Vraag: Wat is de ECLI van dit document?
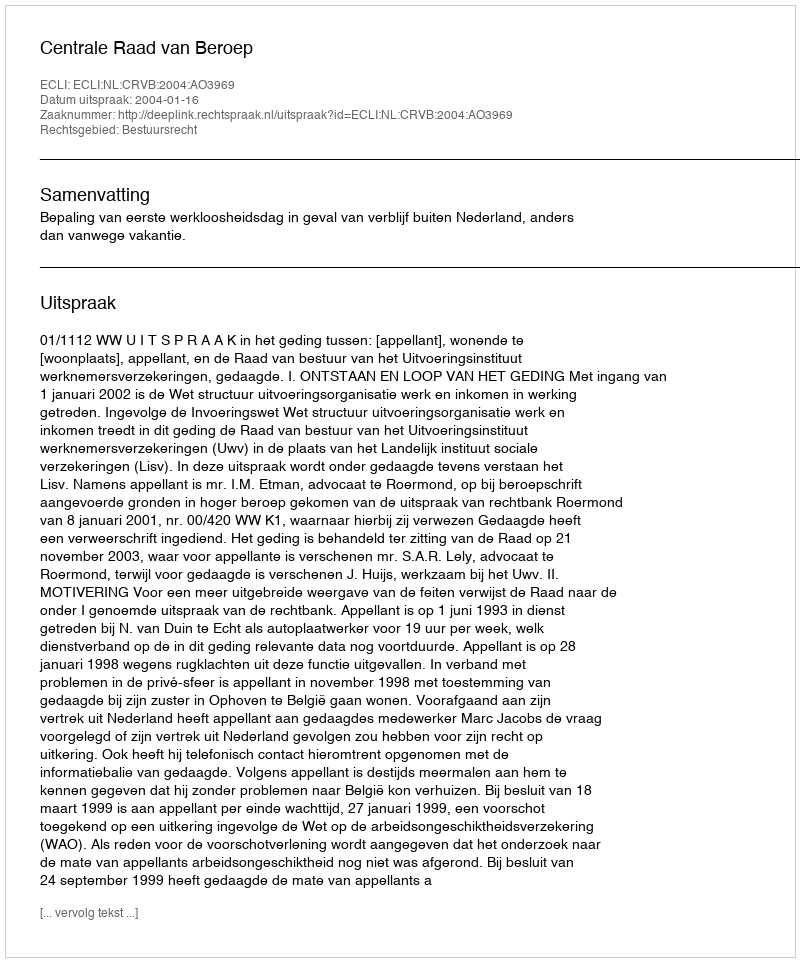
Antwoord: ECLI:NL:CRVB:2004:AO3969